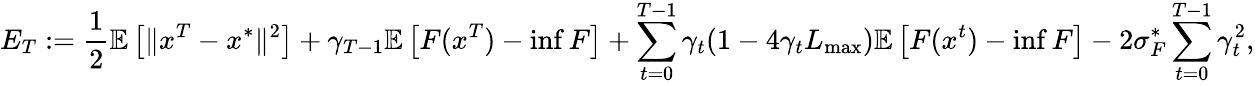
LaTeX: E_{T}:=\frac{1}{2}\mathbb{E}\left[\Vert x^{T}-x^{*}\Vert^{2}\right]+\gamma_{T-1}\mathbb{E}\left[F(x^{T})-\operatorname*{inf}F\right]+\sum_{t=0}^{T-1}\gamma_{t}(1-4\gamma_{t}L_{\operatorname*{max}})\mathbb{E}\left[F(x^{t})-\operatorname*{inf}F\right]-2\sigma_{F}^{*}\sum_{t=0}^{T-1}\gamma_{t}^{2},